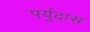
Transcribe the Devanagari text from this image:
पर्युदास